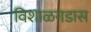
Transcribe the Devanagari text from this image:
विशाळगडास